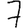
Digit: 7